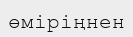
өміріңнен